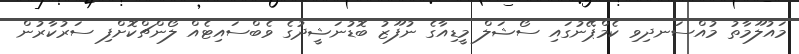
މައުލޫމާތު މުއްސަނދިވި ކެމްޕޭނުގައި ސޯޝަލް މީޑިއާގެ ނުފޫޒު ބޮޑުނަޝީދުގެ ވެބްސައިޓެއް ލޯންޗްކޮށްފި ސަރުކާރުން